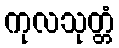
ကုလသုတ္တံ